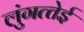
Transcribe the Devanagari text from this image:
लुंगत्‍तेई